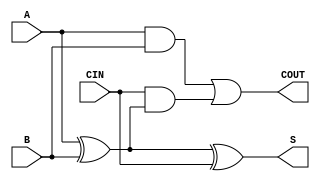
module full_adder (
    input A,
    input B,
    input CIN,
    output S,
    output COUT
);

    assign S = A ^ B ^ CIN;
    assign COUT = (A & B) | (CIN & (A ^ B));

endmodule


module adder_4bit (
    input [3:0] A,
    input [3:0] B,
    input CIN,
    output [3:0] S,
    output COUT
);

    wire [3:0] c;
    full_adder fa0(A[0], B[0], CIN, S[0], c[0]);
    full_adder fa1(A[1], B[1], c[0], S[1], c[1]);
    full_adder fa2(A[2], B[2], c[1], S[2], c[2]);
    full_adder fa3(A[3], B[3], c[2], S[3], COUT);

endmodule